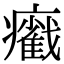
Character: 𤻵